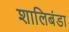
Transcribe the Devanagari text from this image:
शालिबंडा